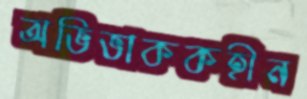
অভিভাককহীন